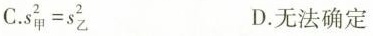
C.$$s_{甲}^{2}=s_{乙}^{2}$$ D.无法确定